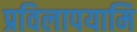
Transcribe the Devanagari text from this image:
प्रविलापयामि